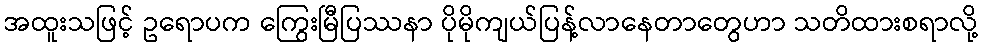
အထူးသဖြင့် ဥရောပက ကြွေးမြီပြဿနာ ပိုမိုကျယ်ပြန့်လာနေတာတွေဟာ သတိထားစရာလို့